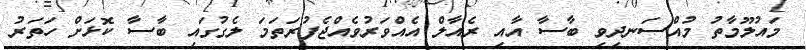
މައުލޫމާތު މުއްސަނދިވި ބާސާ އާއި ރެއާލް އެއްވަރުވެއްޖެފުރަތަމަ ލެގުގައި ބާސާ ކޮޅަށް ހަތަރު